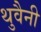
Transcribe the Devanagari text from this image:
थुवैनी